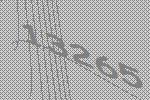
13265